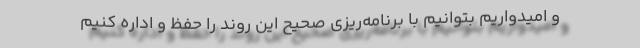
و امیدواریم بتوانیم با برنامه‌ریزی صحیح این روند را حفظ و اداره کنیم